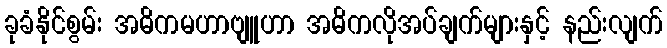
ခုခံနိုင်စွမ်း အဓိကမဟာဗျူဟာ အဓိကလိုအပ်ချက်များနှင့် နည်းလျက်